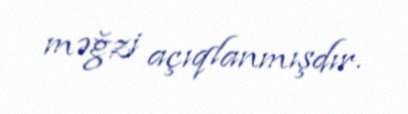
məğzi açıqlanmışdır.